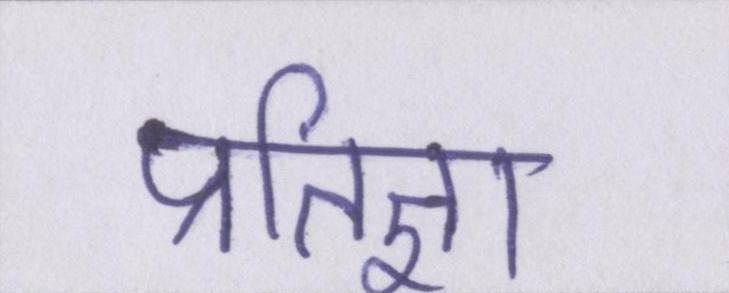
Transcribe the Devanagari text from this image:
प्रतिज्ञा